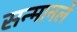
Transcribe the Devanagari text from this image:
सन्मानले